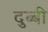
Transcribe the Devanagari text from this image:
दुब्बी